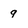
Character: 9